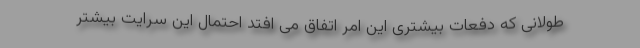
طولانی که دفعات بیشتری این امر اتفاق می افتد احتمال این سرایت بیشتر